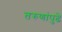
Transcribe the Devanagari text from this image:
तरुणांपुढे